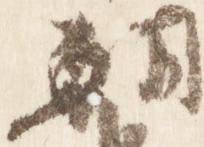
朝